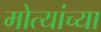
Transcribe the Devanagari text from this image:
मोत्यांच्या